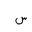
Letter: _sin